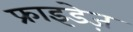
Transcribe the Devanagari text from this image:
फ्राइडेज़